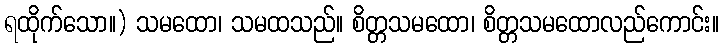
ရထိုက်သော။) သမထော၊ သမထသည်။ စိတ္တသမထော၊ စိတ္တသမထောလည်ကောင်း။